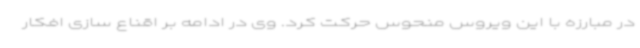
در مبارزه با این ویروس منحوس حرکت کرد. وی در ادامه بر اقناع سازی افکار